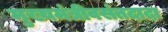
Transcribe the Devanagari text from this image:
मुख्यमंत्रीवसंतदादा